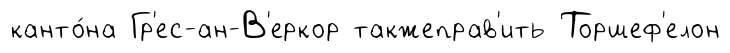
канто́на Гр'ес-ан-В'еркор такжеправ'ить Торшеф'елон